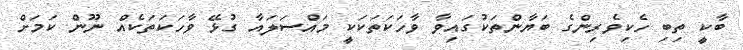
ބާކީ ތިބި ހެކިވެރިންގެ ބަޔާންތަކުގައިވާ ވާހަކަތަކަކީ މައްސަލައާ ގުޅޭ ވާހަކަތަކެއް ނޫން ކަމަށް